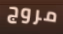
مروج